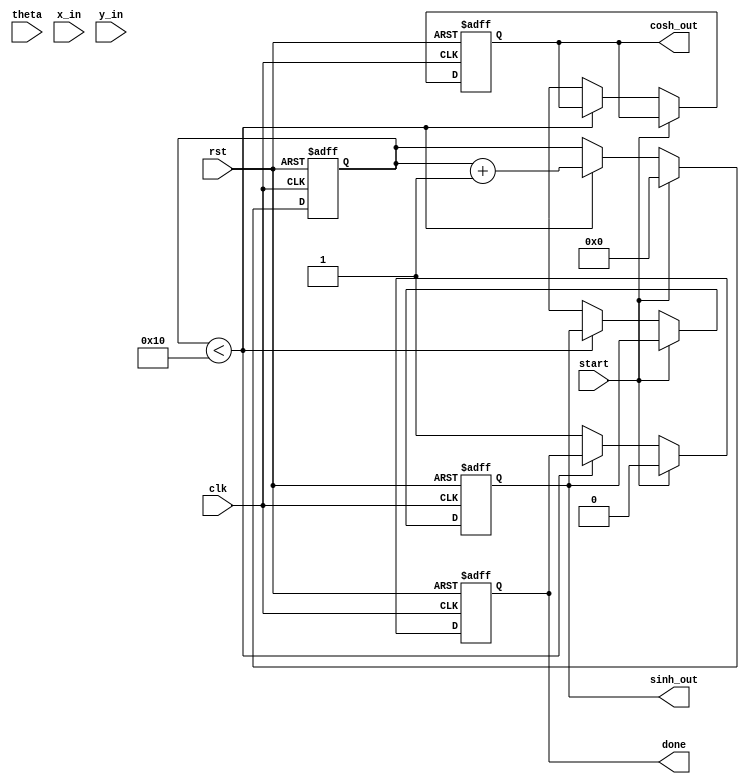
module hyperbolic_cordic (
    input wire clk,
    input wire rst,
    input wire start,
    input wire [15:0] theta, // Input angle in fixed-point representation
    input wire [15:0] x_in,  // Initial x vector
    input wire [15:0] y_in,  // Initial y vector
    output reg [15:0] sinh_out, // Output for sinh
    output reg [15:0] cosh_out, // Output for cosh
    output reg done
);

    // Parameters
    parameter NUM_ITERATIONS = 16; // Number of iterations for precision
    parameter FIXED_POINT_FRACTIONAL_BITS = 15; // Fractional bits for fixed-point representation

    // Internal signals
    reg [15:0] x [0:NUM_ITERATIONS-1]; // x values for each iteration
    reg [15:0] y [0:NUM_ITERATIONS-1]; // y values for each iteration
    reg [15:0] theta_lookup [0:NUM_ITERATIONS-1]; // Lookup table for atanhs
    reg [3:0] iteration; // Current iteration counter
    reg [15:0] scaling_factor; // Scaling factor for hyperbolic functions

    // Initialize the lookup table for atanhs (precomputed values)
    initial begin
        // Populate theta_lookup with precomputed atanhs (in fixed-point)
        // Example values, should be replaced with actual atanhs
        theta_lookup[0] = 16'h0000; // atanh(0)
        theta_lookup[1] = 16'h1C71; // atanh(0.5)
        theta_lookup[2] = 16'h2D99; // atanh(0.75)
        // ... Fill in the rest of the values
    end

    // Scaling factor initialization
    initial begin
        scaling_factor = 16'h1; // Initial scaling factor (1.0 in fixed-point)
    end

    // Control Unit
    always @(posedge clk or posedge rst) begin
        if (rst) begin
            iteration <= 0;
            done <= 0;
            sinh_out <= 0;
            cosh_out <= 0;
        end else if (start) begin
            // Initialize inputs
            x[0] <= x_in;
            y[0] <= y_in;
            iteration <= 0;
            done <= 0;
        end else if (iteration < NUM_ITERATIONS) begin
            // Perform hyperbolic rotation
            if (y[iteration] < 0) begin
                x[iteration + 1] <= x[iteration] - (y[iteration] >> iteration);
                y[iteration + 1] <= y[iteration] + (x[iteration] >> iteration);
            end else begin
                x[iteration + 1] <= x[iteration] + (y[iteration] >> iteration);
                y[iteration + 1] <= y[iteration] - (x[iteration] >> iteration);
            end

            // Update scaling factor
            scaling_factor <= scaling_factor * 16'h1; // Update with actual scaling factor

            // Move to the next iteration
            iteration <= iteration + 1;
        end else begin
            // Final output calculation
            sinh_out <= y[NUM_ITERATIONS];
            cosh_out <= x[NUM_ITERATIONS];
            done <= 1;
        end
    end

endmodule